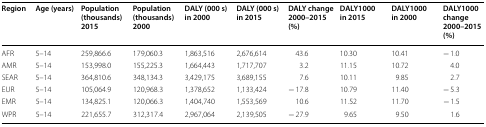
<table><thead><tr><td><b>Region</b></td><td><b>Age (years)</b></td><td><b>Population (thousands) 2015</b></td><td><b>Population (thousands) 2000</b></td><td><b>DALY (000 s) in 2000</b></td><td><b>DALY (000 s) in 2015</b></td><td><b>DALY change 2000–2015 (%)</b></td><td><b>DALY1000 in 2015</b></td><td><b>DALY1000 in 2000</b></td><td><b>DALY1000 change 2000–2015 (%)</b></td></tr></thead><tbody><tr><td>AFR</td><td>5–14</td><td>259,866.6</td><td>179,060.3</td><td>1,863,516</td><td>2,676,614</td><td>43.6</td><td>10.30</td><td>10.41</td><td>− 1.0</td></tr><tr><td>AMR</td><td>5–14</td><td>153,998.0</td><td>155,225.3</td><td>1,664,443</td><td>1,717,707</td><td>3.2</td><td>11.15</td><td>10.72</td><td>4.0</td></tr><tr><td>SEAR</td><td>5–14</td><td>364,810.6</td><td>348,134.3</td><td>3,429,175</td><td>3,689,155</td><td>7.6</td><td>10.11</td><td>9.85</td><td>2.7</td></tr><tr><td>EUR</td><td>5–14</td><td>105,064.9</td><td>120,968.3</td><td>1,378,652</td><td>1,133,424</td><td>− 17.8</td><td>10.79</td><td>11.40</td><td>− 5.3</td></tr><tr><td>EMR</td><td>5–14</td><td>134,825.1</td><td>120,066.3</td><td>1,404,740</td><td>1,553,569</td><td>10.6</td><td>11.52</td><td>11.70</td><td>− 1.5</td></tr><tr><td>WPR</td><td>5–14</td><td>221,655.7</td><td>312,317.4</td><td>2,967,064</td><td>2,139,505</td><td>− 27.9</td><td>9.65</td><td>9.50</td><td>1.6</td></tr></tbody></table>